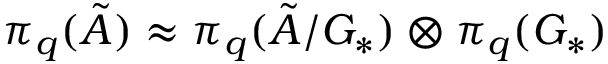
\pi _ { q } ( \tilde { \cal A } ) \approx \pi _ { q } ( \tilde { \cal A } / { \cal G } _ { \ast } ) \otimes \pi _ { q } ( \cal G _ { \ast } )